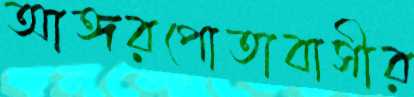
আঙ্গরপোতাবাসীর